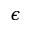
\epsilon